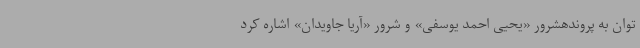
توان به پروندهشرور «یحیی احمد یوسفی» و شرور «آریا جاویدان» اشاره کرد